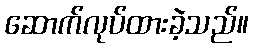
ဆောက်လုပ်ထားခဲ့သည်။